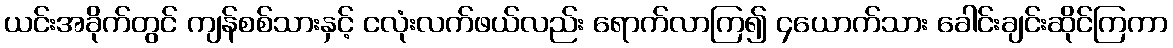
ယင်းအခိုက်တွင် ကျန်စစ်သားနှင့် ငလုံးလက်ဖယ်လည်း ရောက်လာကြ၍ ၄ယောက်သား ခေါင်းချင်းဆိုင်ကြကာ